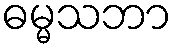
ဓမ္မသဘာ